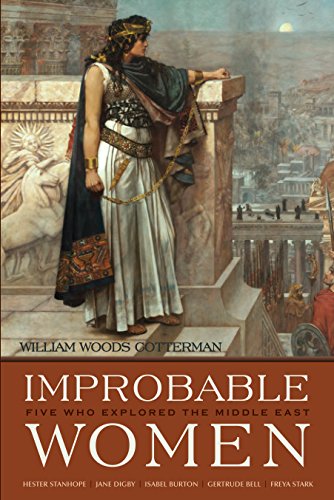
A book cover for Improbable Women: Five Who Explored the Middle East (Contemporary Issues in the Middle East); William Woods Cotterman; Gay & Lesbian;